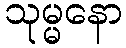
သုမ္မနော